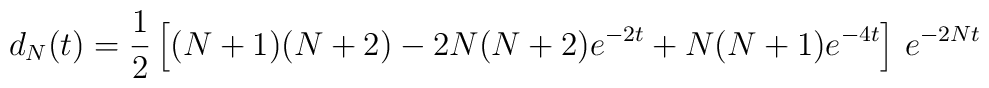
d_N(t) = \frac{1}{2} \left[ (N+1) (N+2) - 2 N (N+2) e^{-2 t} + N (N+1) e^{-4 t}\right]\, e^{-2 N t}